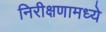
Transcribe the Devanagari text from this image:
निरीक्षणामध्ये